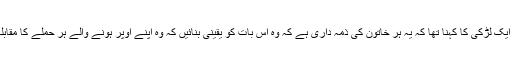
اس حوالے سے کلاس میں موجود ایک لڑکی کا کہنا تھا کہ یہ ہر خاتون کی ذمہ داری ہے کہ وہ اس بات کو یقینی بنائیں کہ وہ اپنے اوپر ہونے والے ہر حملے کا مقابلہ کرنے کی صلاحیت رکھتی ہے۔